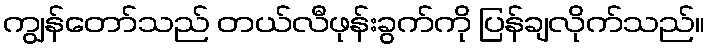
ကျွန်တော်သည် တယ်လီဖုန်းခွက်ကို ပြန်ချလိုက်သည်။